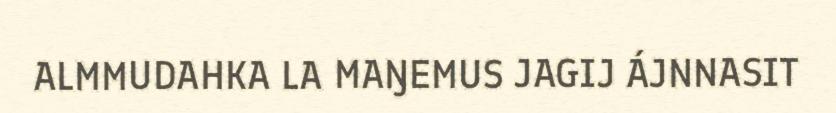
ALMMUDAHKA LA MAŊEMUS JAGIJ ÁJNNASIT